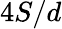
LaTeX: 4S/d